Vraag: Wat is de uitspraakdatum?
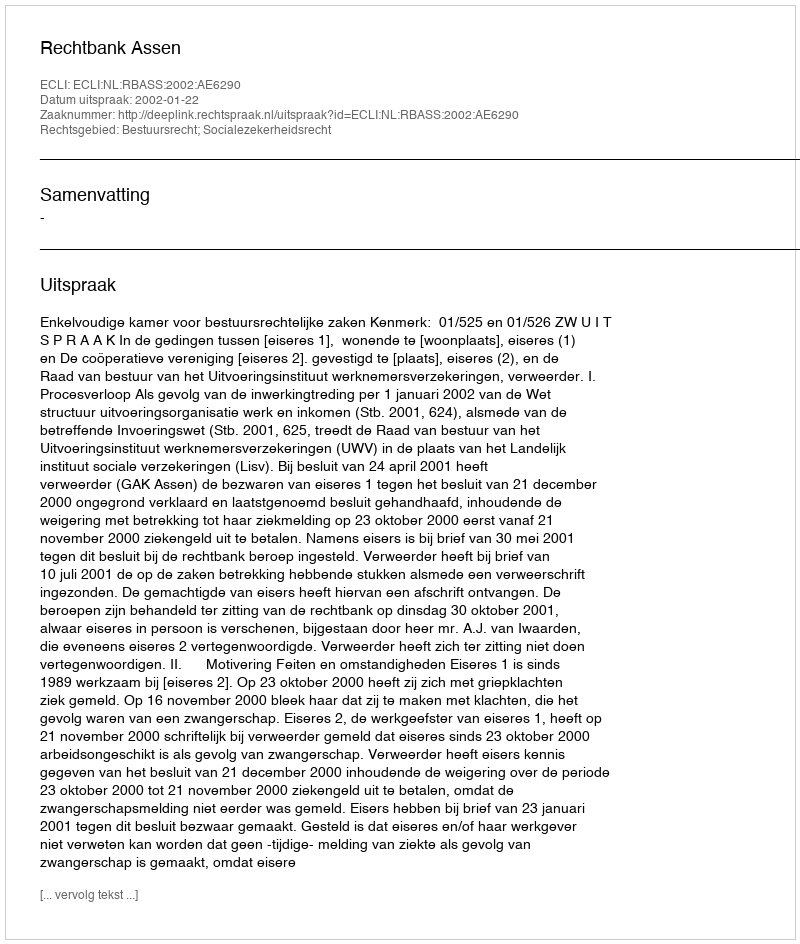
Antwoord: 2002-01-22